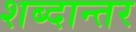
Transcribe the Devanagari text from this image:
शब्दान्तर